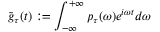
\tilde { g } _ { \tau } ( t ) : = \int _ { - \infty } ^ { + \infty } p _ { \tau } ( \omega ) e ^ { i \omega t } d \omega